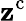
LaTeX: \mathbf{z}^{\mathrm{{c}}}